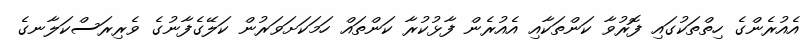
އެއުރެންގެ ހިތްތަކުގައި ފޮރުވާ ކަންތަކާއި އެއުރެން ފާޅުކުރާ ކަންތައް ހަމަކަށަވަރުން ކަލޭގެފާނުގެ ވެރިރަސްކަލާނގެ